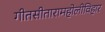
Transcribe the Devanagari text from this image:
गीतसीतारामहोलीविहार